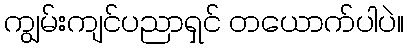
ကျွမ်းကျင်ပညာရှင် တယောက်ပါပဲ။